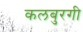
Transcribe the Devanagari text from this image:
कलबुरगी